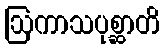
ဩကာသပုစ္ဆာတိ